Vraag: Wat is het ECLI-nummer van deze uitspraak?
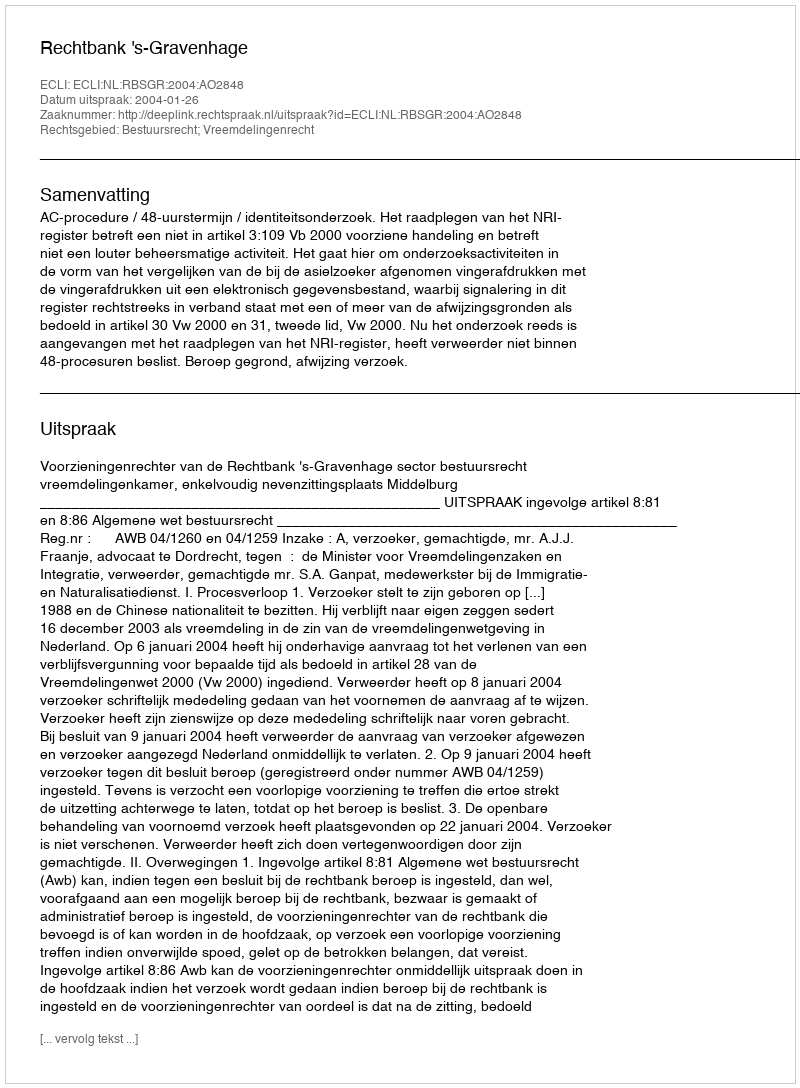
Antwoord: ECLI:NL:RBSGR:2004:AO2848